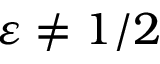
\varepsilon \neq 1 / 2